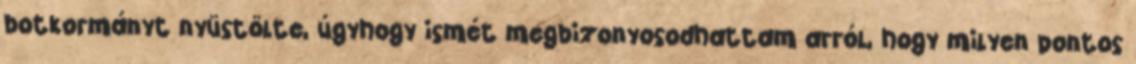
botkormányt nyüstölte, úgyhogy ismét megbizonyosodhattam arról, hogy milyen pontos